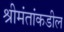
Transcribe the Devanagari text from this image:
श्रीमंतांकडील